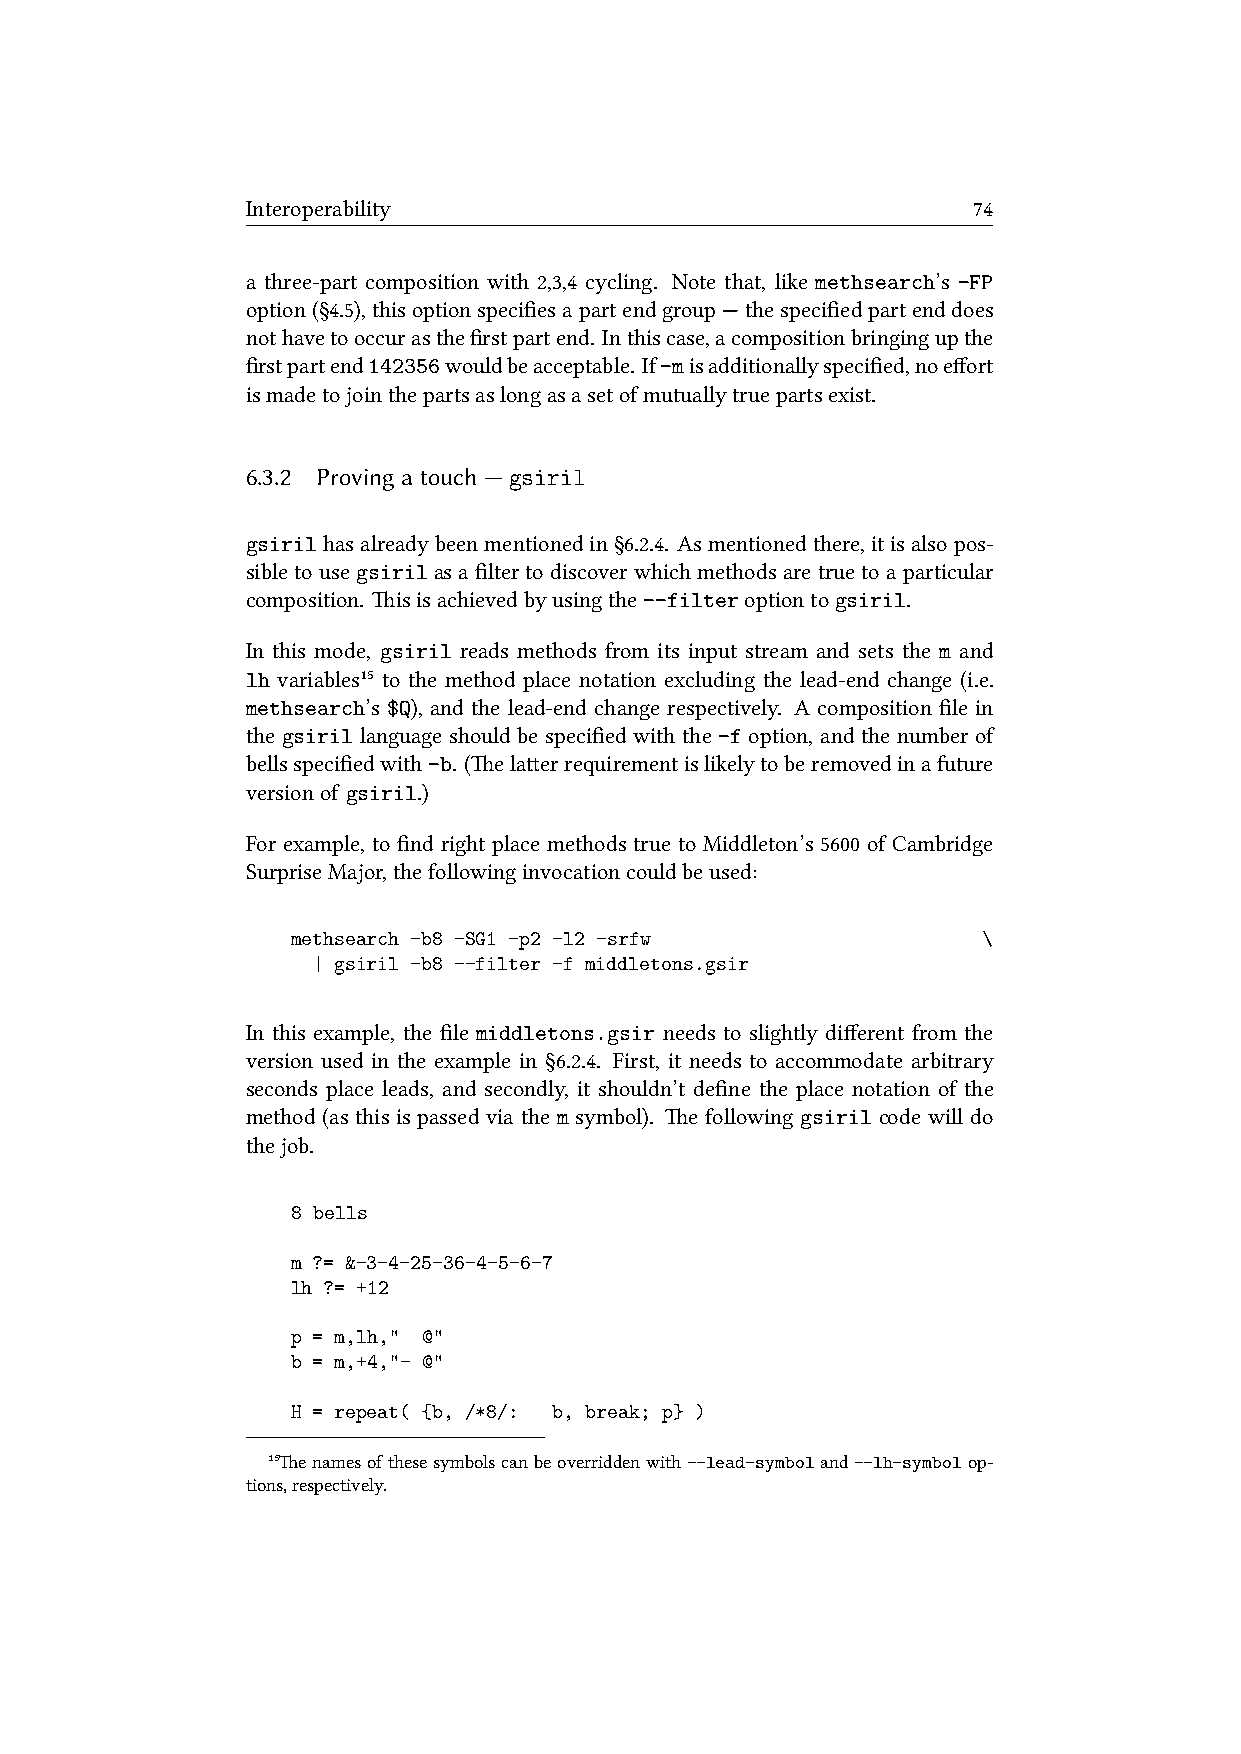
Interoperability                                74
 a three-part composition with 2,3,4 cycling. Note that, like methsearch’s -FP
 option(§4.5),thisoptionspecifiesapartendgroup—thespecifiedpartenddoes
 nothavetooccurasthefirstpartend. Inthiscase,acompositionbringingupthe
 firstpartend142356wouldbeacceptable. If-misadditionallyspecified,noeffort
 ismadetojointhepartsaslongasasetofmutuallytruepartsexist.
 6.3.2 Provingatouch—gsiril
 gsirilhasalreadybeenmentionedin§6.2.4. Asmentionedthere,itisalsopos-
 sibletousegsirilasafiltertodiscoverwhichmethodsaretruetoaparticular
 composition. isisachievedbyusingthe--filteroptiontogsiril.
 In this mode, gsiril reads methods from its input stream and sets the m and
 lh variables¹⁵ to the method place notation excluding the lead-end change (i.e.
 methsearch’s $Q), and the lead-end change respectively. A composition file in
 the gsiril language should be specified with the -f option, and the number of
 bellsspecifiedwith-b. (elaerrequirementislikelytoberemovedinafuture
 versionof gsiril.)
 For example, to find right place methods true to Middleton’s 5600 of Cambridge
 SurpriseMajor,thefollowinginvocationcouldbeused:
 methsearch -b8 -SG1 -p2 -l2 -srfw             \
 | gsiril -b8 --filter -f middletons.gsir
 In this example, the file middletons.gsir needs to slightly different from the
 version used in the example in §6.2.4. First, it needs to accommodate arbitrary
 seconds place leads, and secondly, it shouldn’t define the place notation of the
 method (as this is passed via the m symbol). e following gsiril code will do
 thejob.
 8 bells
 m ?= &-3-4-25-36-4-5-6-7
 lh ?= +12
 p = m,lh," @"
 b = m,+4,"- @"
 H = repeat( {b, /*8/: b, break; p} )
 ¹⁵enamesofthesesymbolscanbeoverriddenwith--lead-symboland--lh-symbolop-
 tions,respectively.